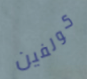
كولفين